Vaccination in Burma 1912-1922 - 1912-1922
Year: 1912
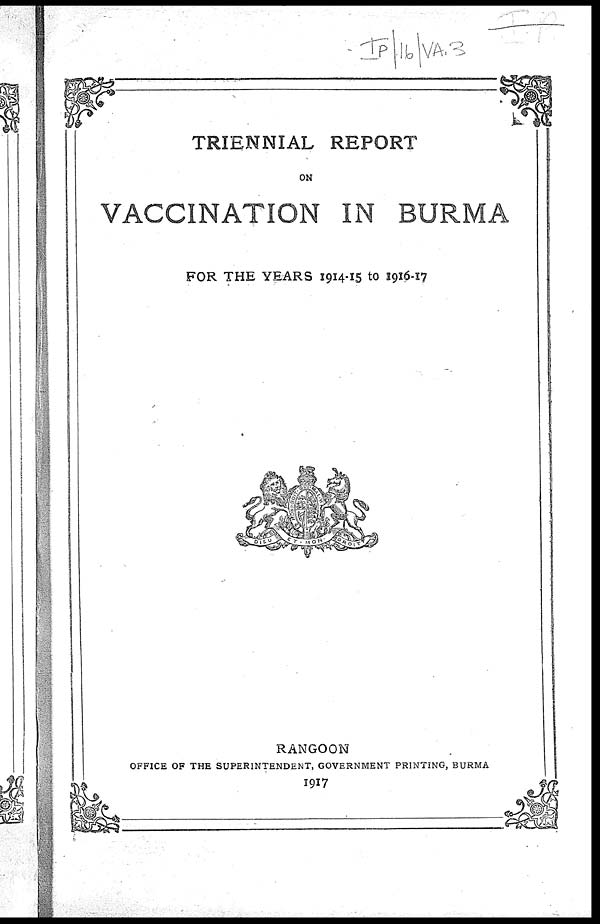
TRIENNIAL REPORT
ON
VACCINATION IN BURMA
FOR THE YEARS 1914-15 to 1916-17
RANGOON
OFFICE OF THE SUPERINTENDENT, GOVERNMENT PRINTING, BURMA
1917